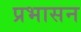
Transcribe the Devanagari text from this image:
प्रभासन